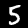
Digit: 5